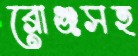
ব্রোঞ্জসহ